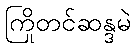
ကြိုတင်ဆန္ဒမဲ